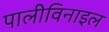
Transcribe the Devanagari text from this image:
पालीविनाइल